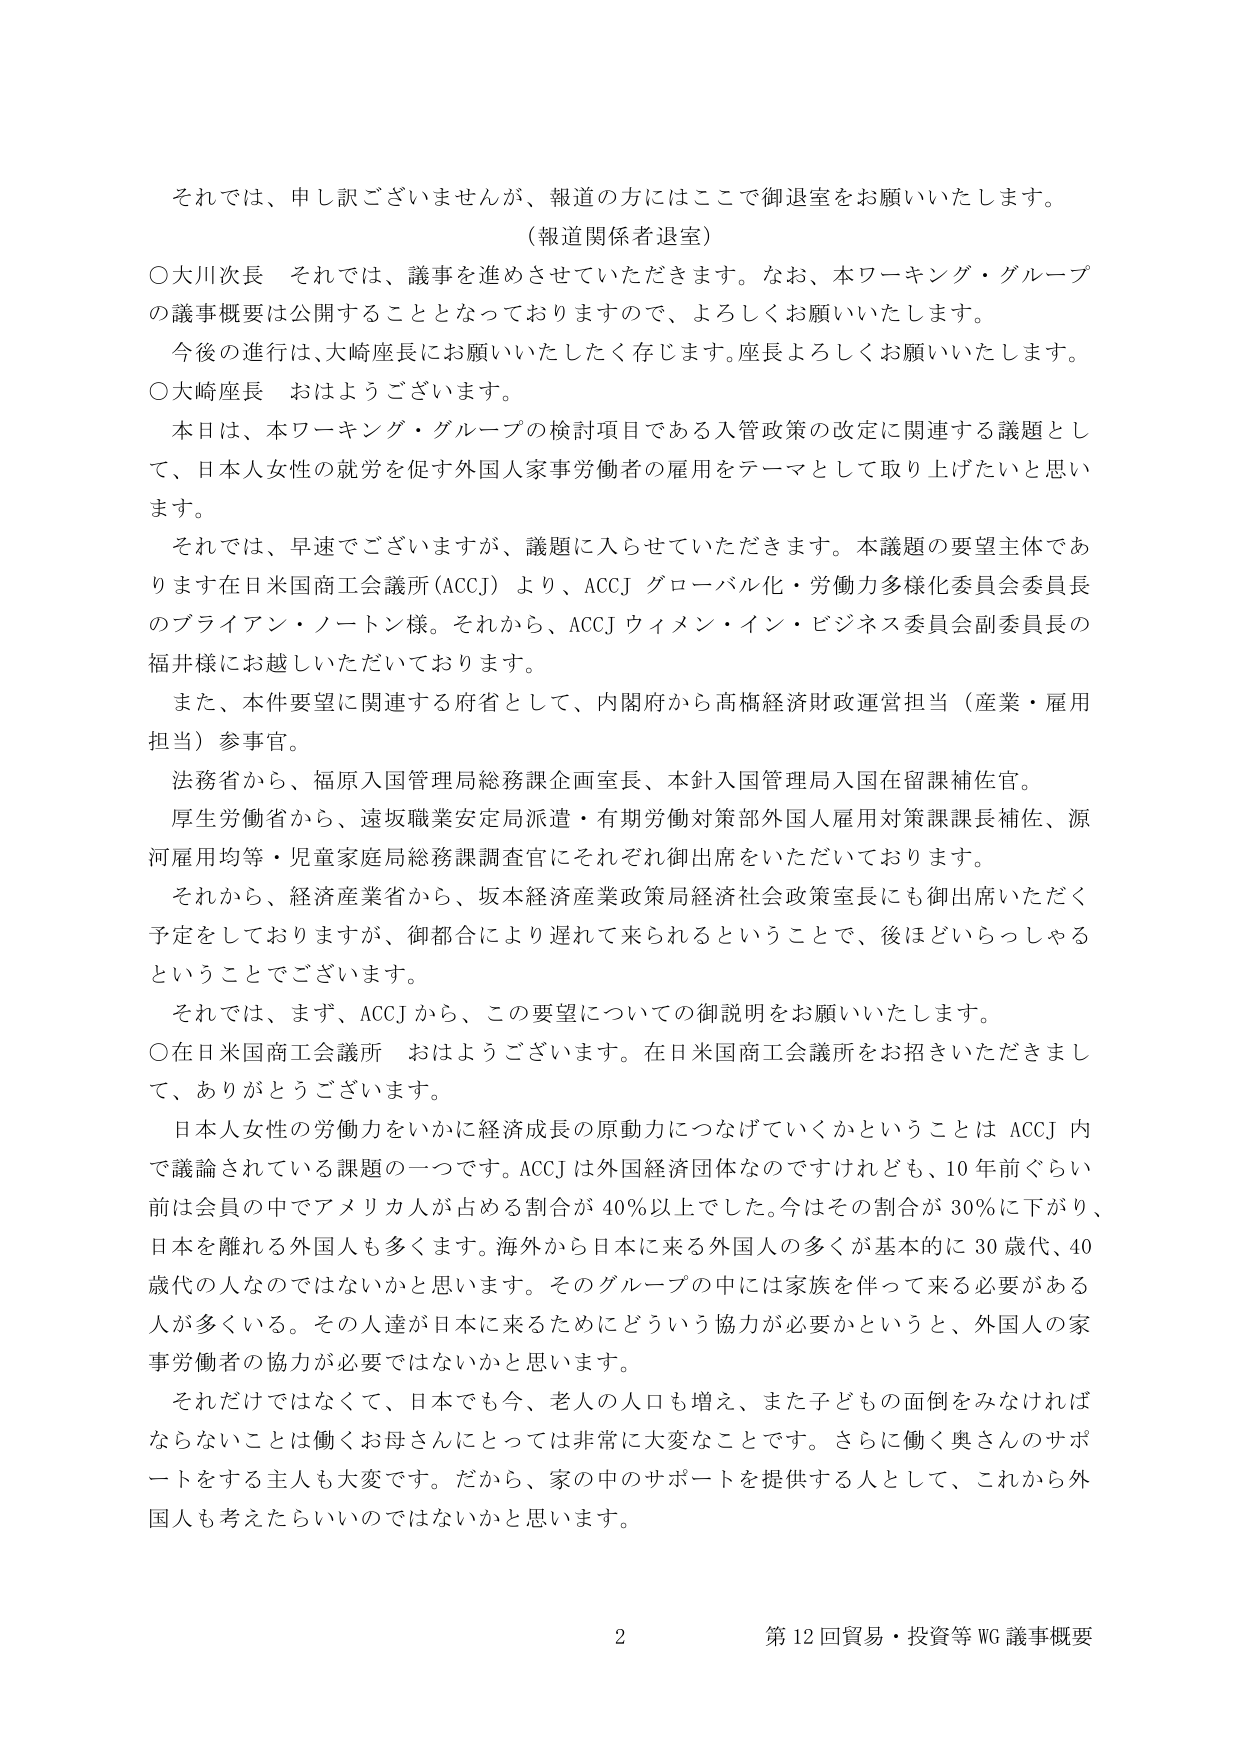
それでは、申し訳ございませんが、報道の方にはここで御退室をお願いいたします。
（報道関係者退室）
○大川次長　それでは、議事を進めてさせていただきます。なお、本ワーキング・グループの議事概要は公開することとなっておりますので、よろしくお願いいたします。
　今後の進行は、大崎座長にお願いいたしたく存じます。座長よろしくお願いいたします。
○大崎座長　おはようございます。
　本日は、本ワーキング・グループの検討項目である入管政策の改定に関連する議題として、日本人女性の就労を促す外国人家事労働者の雇用をテーマとして取り上げたいと思います。
　それでは、早速でございますが、議題に入らせていただきます。本議題の要望主体であります在日米国商工会議所（ACCJ）より、ACCJ グローバル化・労働力多様化委員会委員長のブライアン・ノートン様。それから、ACCJ ウィメン・イン・ビジネス委員会副委員長の福井様にお越しいただいております。
　また、本件要望に関連する府省として、内閣府から高橋経済財政運営担当（産業・雇用担当）参事官。
　法務省から、福原入国管理局総務課企画室長、本針入国管理局入国在留課補佐官。
　厚生労働省から、遠坂職業安定局派遣・有期労働対策部外国人雇用対策課課長補佐、源河雇用均等・児童家庭局総務課調査官にそれぞれ御出席をいただいております。
　それから、経済産業省から、坂本経済産業政策局経済社会政策室長にも御出席いただく予定をしておりますが、御都合により遅れて来られるということで、後ほどいらっしゃるということでございます。
　それでは、まず、ACCJ から、この要望についての御説明をお願いいたします。
○在日米国商工会議所　おはようございます。在日米国商工会議所をお招きいただきまして、ありがとうございます。
　日本人女性の労働力をいかに経済成長の原動力につなげていくかということは ACCJ 内で議論されている課題の一つです。ACCJ は外国経済団体なのですが、10 年前ぐらい前は会員の中でアメリカ人が占める割合が 40％以上でした。今はその割合が 30％に下がり、日本を離れる外国人も多くます。海外から日本に来る外国人の多くが基本的に 30 歳代、40 歳代の人なのではないかと思います。そのグループの中には家族を伴って来る必要がある人が多くいる。その人達が日本に来るためにどういう協力が必要かというと、外国人の家事労働者の協力が必要ではないかと思います。
　それだけではなくて、日本でも今、老人の人口も増え、また子どもの面倒をみなければならないことは働くお母さんにとっては非常に大変なことです。さらに働く奥さんのサポートをする主人も大変です。だから、家の中のサポートを提供する人として、これから外国人も考えたらいいいのではないかと思います。

2　第12回貿易・投資等WG 議事概要